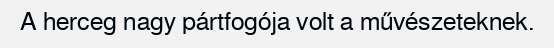
A herceg nagy pártfogója volt a művészeteknek.